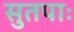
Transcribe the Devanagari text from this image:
सुतपाः